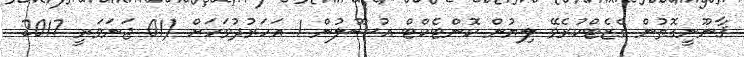
ޤާނޫނީގޮތުން ގެޒެޓްކުރެވޭ ލިޔުން ކޮންޓެކްޓް އުސޫލުން 1 އަހަރުދުވަހަށް (01 ޖަނަވަރީ 2017